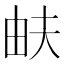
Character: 𤱁